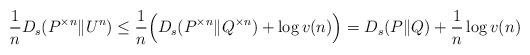
LaTeX: \begin{align*} \frac{1}{n} D_{s}(P^{\times n}\| U^n) \leq \frac{1}{n} \Big( D_{s}(P^{\times n} \| Q^{\times n} ) + \log v(n) \Big) = D_{s}(P\|Q) + \frac{1}{n} \log v(n) \end{align*}